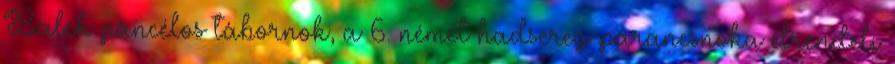
Balck páncélos tábornok, a 6. német hadsereg parancsnoka elrendeli